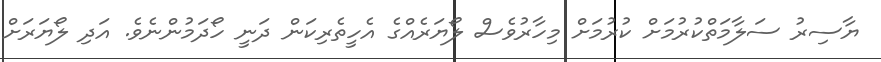
ޔާސިރު ސަލާމަތްކުރުމަށް ކުރުމަށް މިހާރުވެސް ލޯޔަރެއްގެ އެހީތެރިކަން ދަނީ ހޯދަމުންނެވެ. އަދި ލޯޔަރަށް